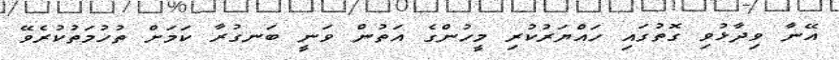
އޭނާ ވިދާޅުވި ގޮތުގައި ހައްޔަރުކުރި މީހުންގެ އަތުން ވަނީ ބަނގުރާ ކަމަށް ތުހުމަތުކުރެވޭ